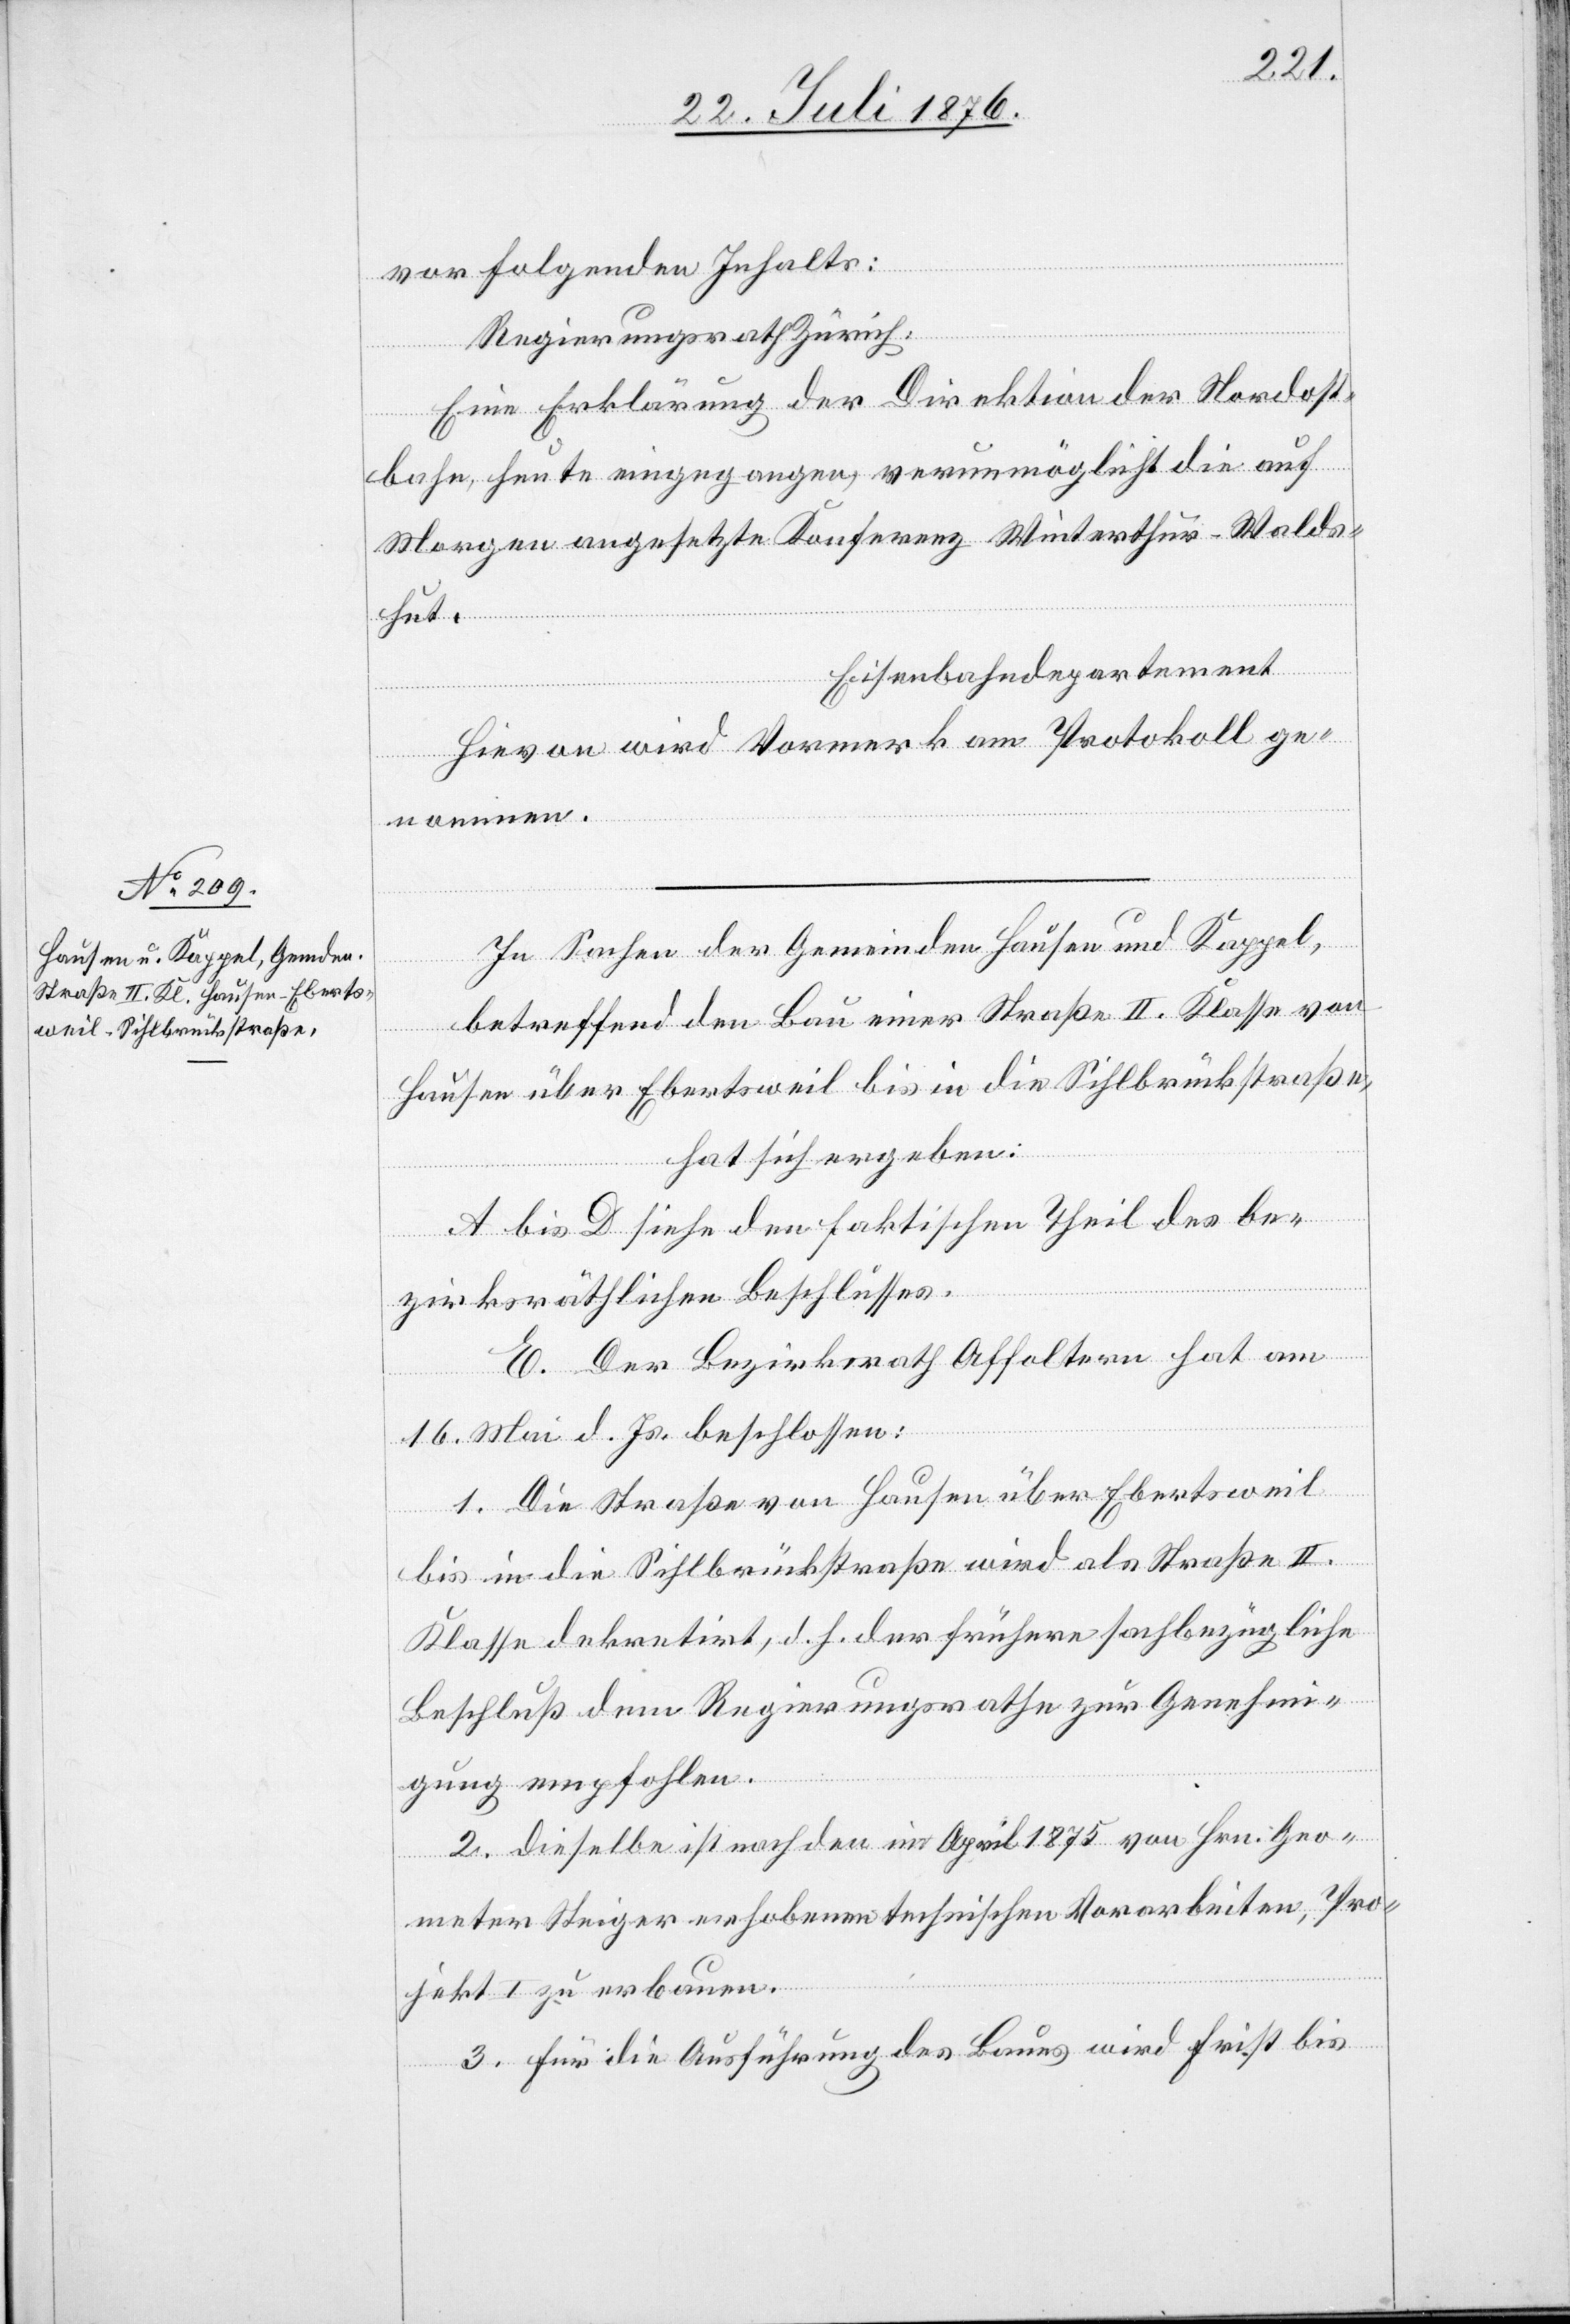
vor folgenden Inhalts:
Regierungsrath Zürich:
Eine Erklärung der Direktion der Nordost¬
bahn, heute eingegangen, verunmöglicht die auf
Morgen angesetzte Konferenz Winterthur–Walds¬
hut.
Eisenbahndepartement
Hievon wird Vormerk am Protokoll ge¬
nommen.
In Sachen der Gemeinden Hausen und Kappel,
betreffend den Bau einer Straße II. Klasse von
Hausen über Ebertsweil bis in die Sihlbrückstraße,
hat sicher ergeben:
A bis D siehe den faktischen Theil des be¬
zirksräthlichen Beschlusses.
E. Der Bezirksrath Affoltern hat am
16. Mai d. Js. beschlossen:
1. Die Straße von Hausen über Ebertsweil
bis in die Sihlbrückstraße wird als Straße II.
Klasse dekretirt, d. h. der frühere sachbezügliche
Beschluß dem Regierungsrathe zur Genehmi¬
gung empfohlen.
2. Dieselbe ist nach den im April 1875 von Hrn. Geo¬
meter Steiger erhobenen technischen Vorarbeiten, Pro¬
jekt I zu erbauen.
3. Für die Ausführung des Baues wird Frist bis